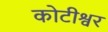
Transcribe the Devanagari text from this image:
कोटीश्वर